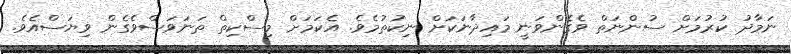
ނަމާދު ކުރުމަށް ސުންނަތް ވެގެންވަނީ މައިދާނަކަށް ނިކުތުމެވެ. އެކަމަށް މިސްކިތް ތަނަވަސްވެގެން ވިޔަސްއެވެ.